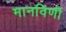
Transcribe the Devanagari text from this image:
मानविणी